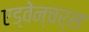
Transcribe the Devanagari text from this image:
एड्वेन्चर्स